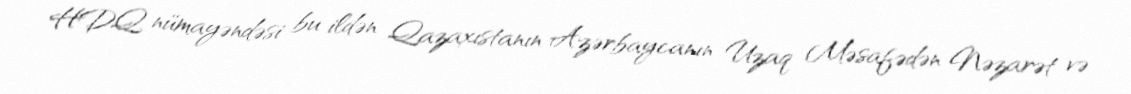
HDQ nümayəndəsi bu ildən Qazaxıstanın Azərbaycanın Uzaq Məsafədən Nəzarət və